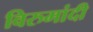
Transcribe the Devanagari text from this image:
विरुमांदी